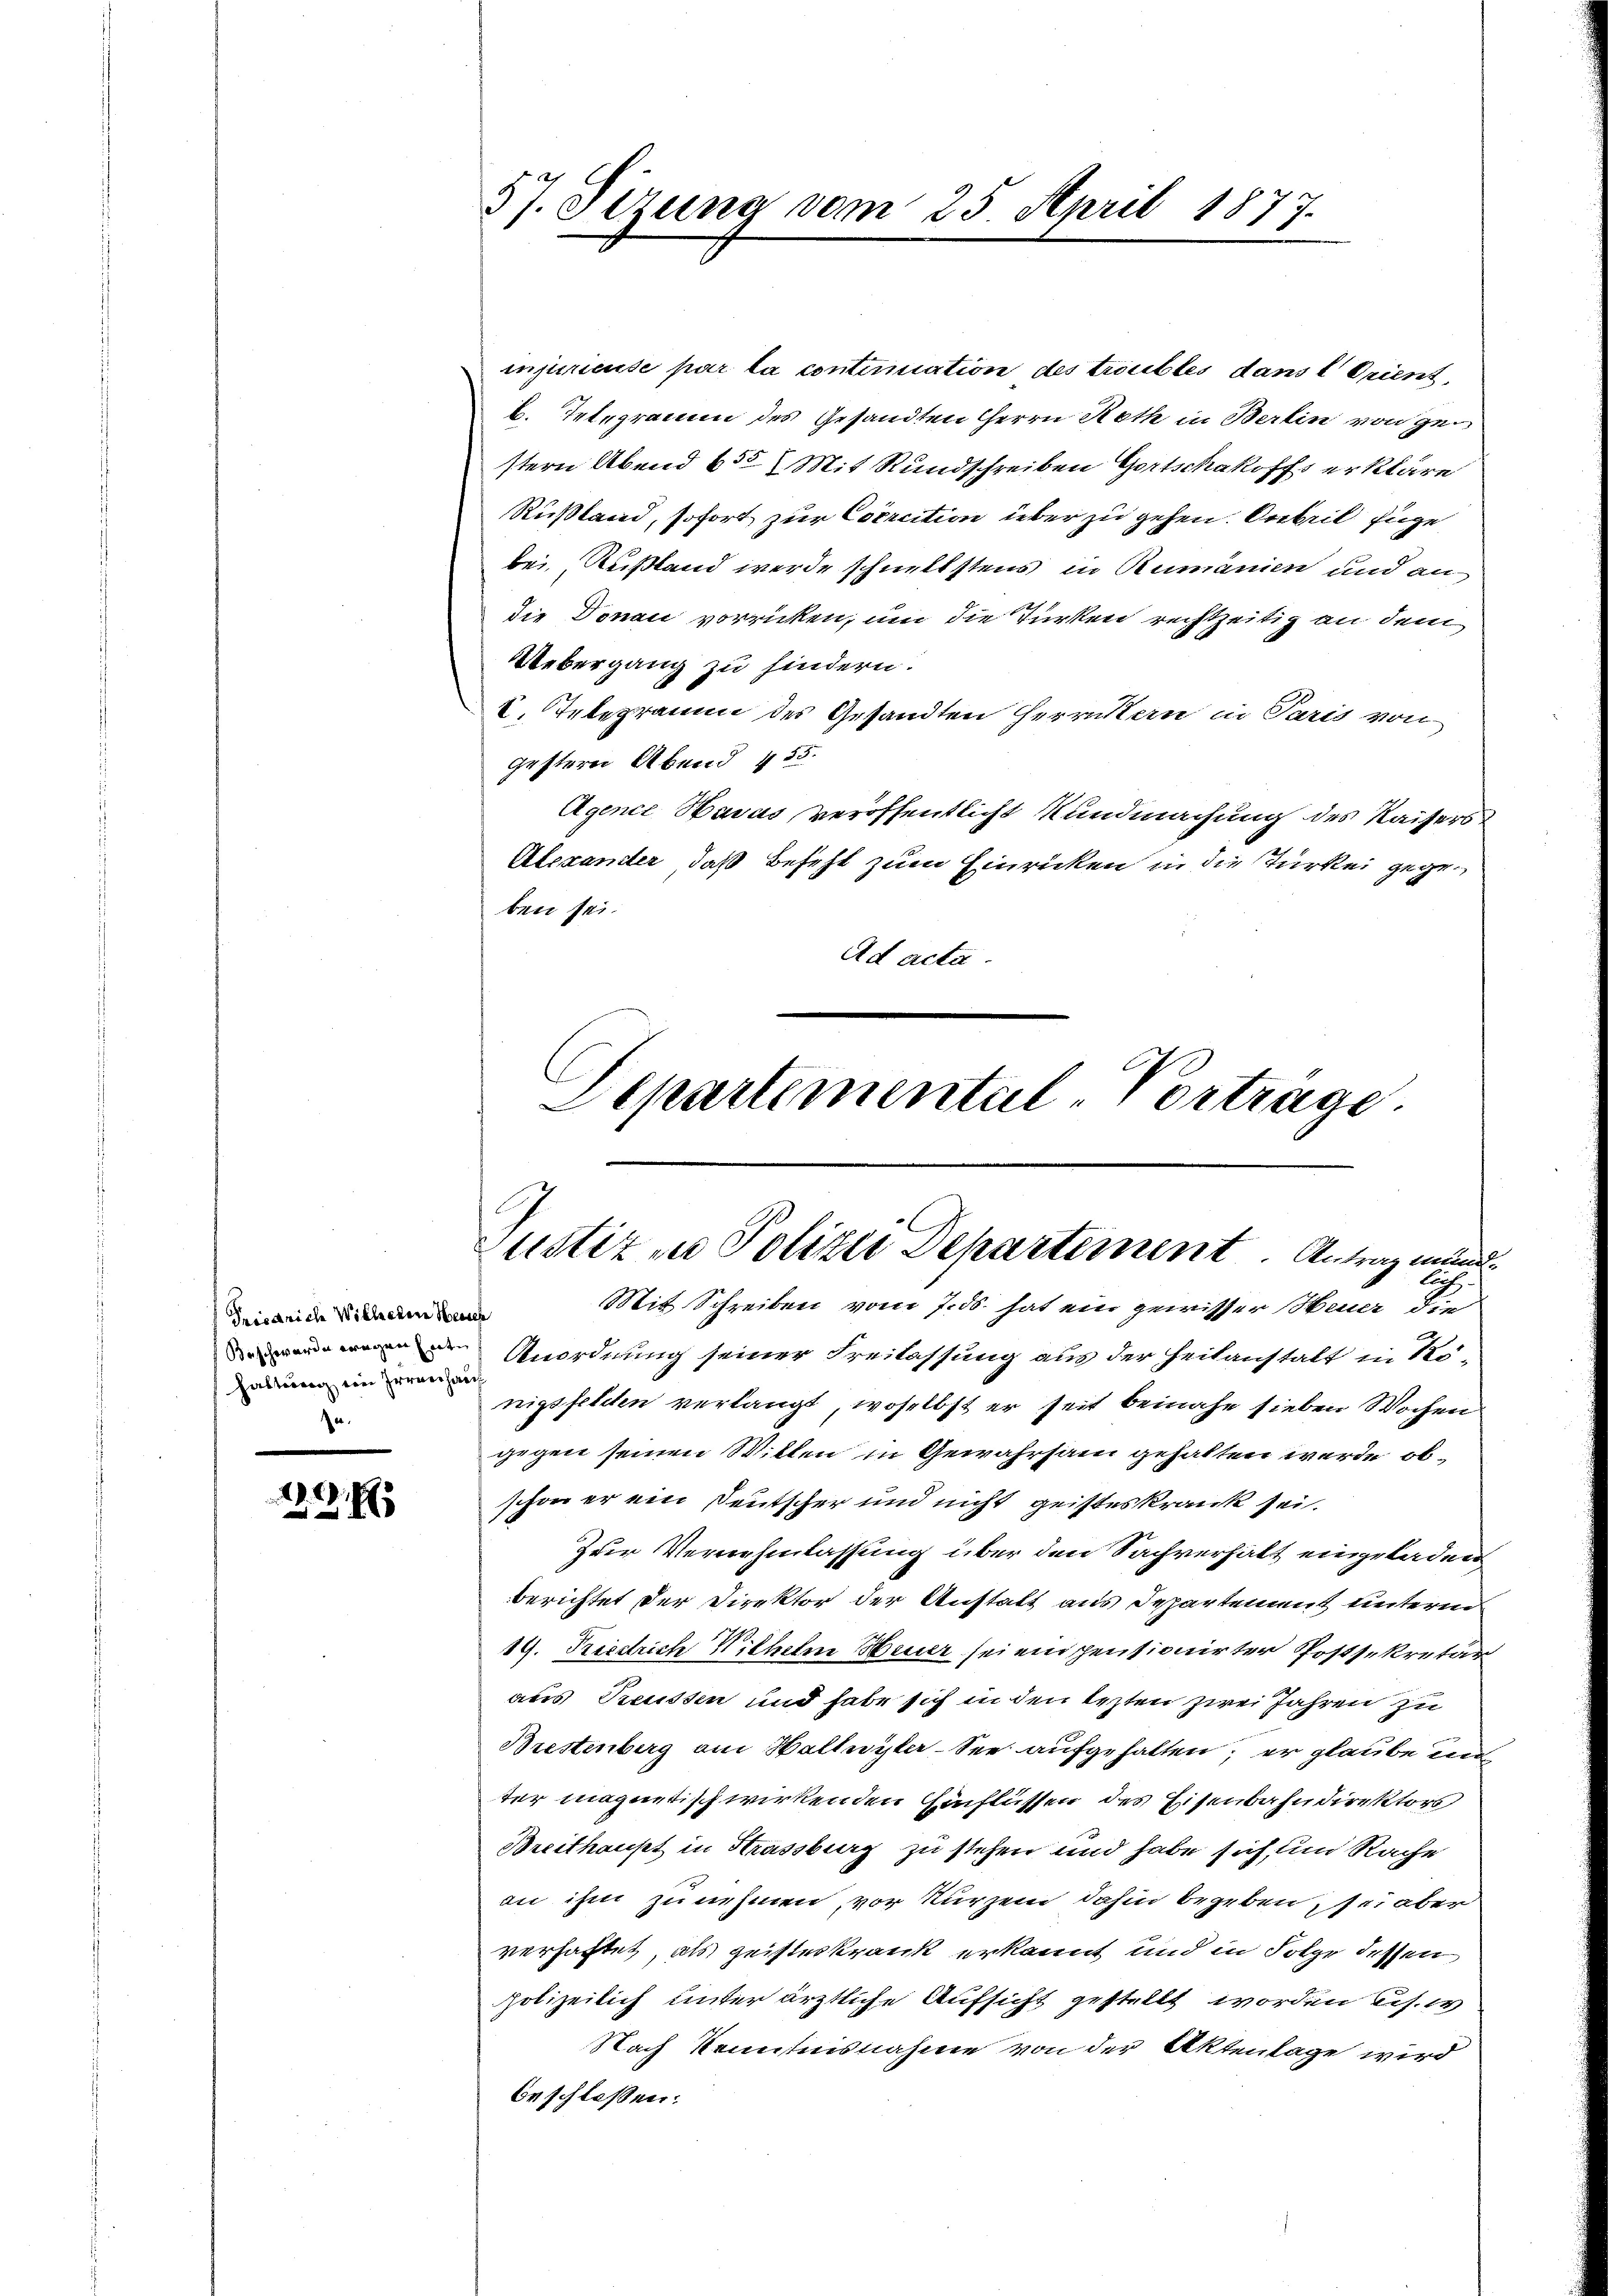
Friedriche Willecten Heisch
Haltung von Irrenhauf
e.

1.45

57. Sizung vom 25. April 1877.

injurieuse par la continiation des troubles dans l Orient,
b. Telegramm des Gesandten Herrn Roth in Berlin von ge
stern Abend 655 (Mit Rundschreiben Gortschakoffs erkläre
Rußland, sofort zur Coercition über zu gehen. Anbeil fuge
bei, Rußland werde schnellstens in Rumänien und an
die Donau vorrücken, um die Türken rechtzeitig an dem
Uebergang zu hindern.
2. Tetzpraum des Gesandten Herrnsten in Paris von
gestern Abend 455.
Agence Havas veröffentlicht Kundmachung des Kaisers
Alexanter, daß Befehl zum Einricken in die Türkei gegeben sei.
Ad acta.
Anordnung seiner Freilassung aus der Heilanstalt in Kö-
nigsfeldten verlangt, woselbst er seit beinahe sieben Wochen
gegen seinen Willen in Gewahrsam gehalten werde, obschon er ein Deutscher und nicht geisteskrank sei.
Zur Vernehmlassung über den Sachverhält eingeladen
berichtet der Direktor der Anstatt aus Departement unteren
19. Friestrich Wilhelm Feuer sei ein pensionirter Postsekretär
aus Preussen und habe sich in den lezten zwei Jahren zu
Brestenberg am Hallwyler-See aufgehalten; er glaube und
ter magnetischwirkenden Einflüssen des Eisenbahndirektors
Breithaust in Strassburg zu stehen und habe sich, und Rache
an ihm zunehmen, vor kurzem dahin begeben, sei aber
verhaftet, als geisteskrank erkannt und in Folge dessen
polizeilich unter ärztliche Aufsicht gestellt worden bis.
Nach kenntnisnahme von der Aktenlage wird
beschlossen:

l
Departemental-Vortrage.
Justiz in Polizei Departement Antrag mund¬
2
Mit Schreiben vom 7. ds. hat ein gewisser Heuer die